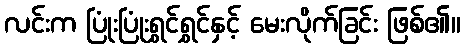
လင်းက ပြုံးပြုံးရွှင်ရွှင်နှင့် မေးလိုက်ခြင်း ဖြစ်၏။